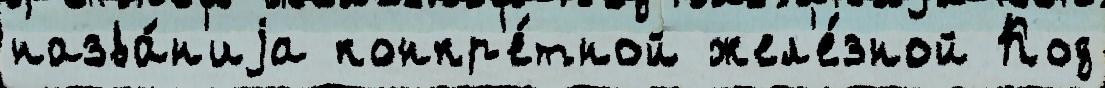
назва́н'иjа конкр'е́тной жел'е́зной Код